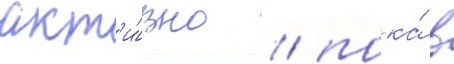
акт'и́вно / пока́ в